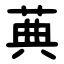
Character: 䓦